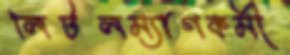
লিটলম্যাগকর্মী